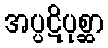
အပ္ပဋိပုစ္ဆာ